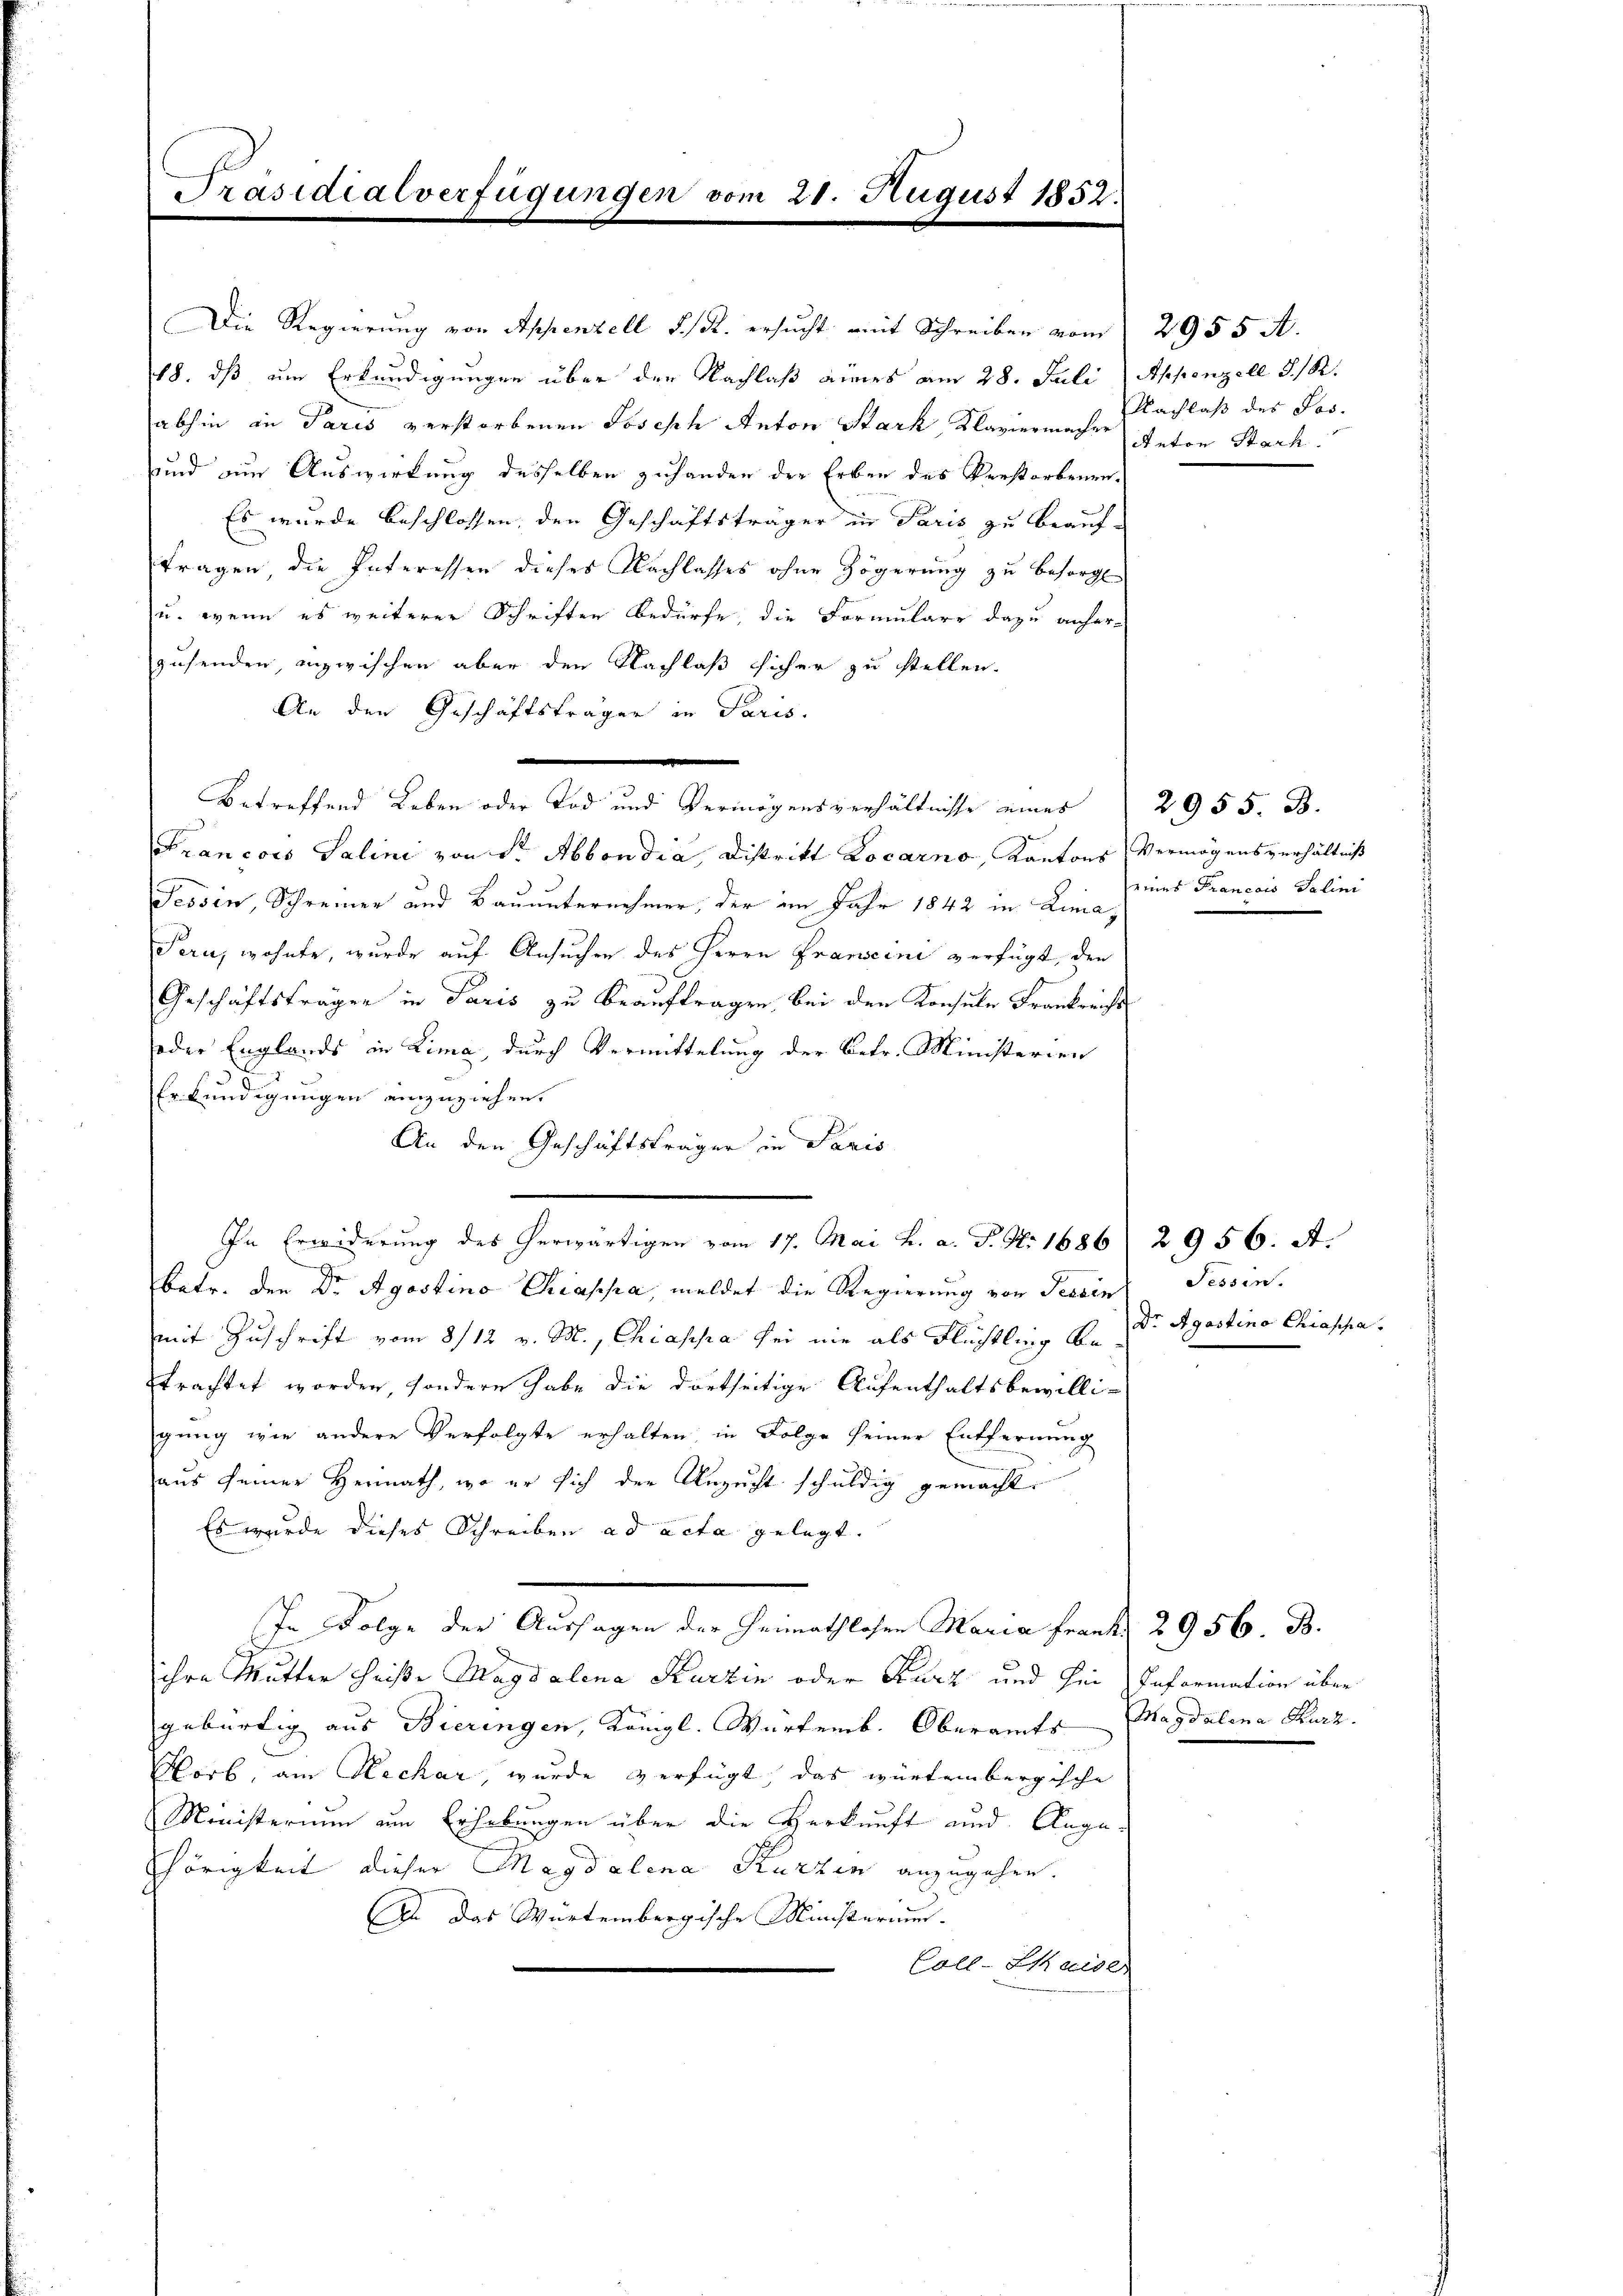
Präsidialverfügungen vom 21. August 1852.

18. dß um Erkundigungen über der Nachlaß eines am 28. Juli Appenzell S. 12.
abhin in Paris verstorbenen Joseph Anton Stark Klaviermacher Anton Sach
und die Auswirkung desselben zuhanden der Erben des Verstorbenen.
Es wurde beschlossen, den Geschäftsträger in Paris zu beauf-
tragen, die Interessen dieses Nachlasses ohne Zögerŭng zŭ besorgt
u. wenn es weiterer Schriften bedürfe, die Formulare dazu anher-
zusenden inzwischen aber den Nachlaß sicher zu stellen.
An den Geschäftsträgen in Paris.
e
e
betreffend Leben oder Tod und Vermögensverhältnisse eines 2955. B.
Francois Salini von Sr. Abbondia, Distritt Locarno, Kantons Vermögensverhältniß
Tessin, Schreiner und Bauunternehmer, der im Jahr 1842 in Lima,
Pern, wohnte, wurde auf Ansuchen des Herrn Franscini verfügt, den
Geschäftsträger in Paris zu beauftragen, bei den Konsule Frankreichts
oder Englands in Lima, durch Vermittelung der Betr. Ministerien
56
Erkundigungen einzuziehen.
An den Geschäftsträger in Paris
In Erwiderung des herwärtigen vom 17. Mai h. a. P. Nr. 1686 2956. A.
batr. den Dr Agostina Chiappa, meldet die Regierung von Tessin
mit Zuschrift vom 8/12 v. M., Chiapha sei nie als Flüchtling betrachtet worden, sondern habe die dortseitige Aufenthaltsbewilli-
gung wie andere Verfolgte erhalten, in Folge seiner Entfernung
aus seiner Hermath, wo er sich der Anzucht schuldig gemacht.
Es wurde dieses Schreiben ad acta gelegt.
In Folge der Aussagen der Heimathlosen Maria Frant. 2956. B.
ihre Mutter heiße Magdalena Kurzin oder Kurz und hin Information über
gebürtig aus Bieringen, Königl. Wartemb. Oberamts Magdalena Kurz.
Norb, am Rechar, wurde verfügt das würtembergische
Ministerium am Erhebungen über die Herkunft und Angahörigkeit dieser Magdalena Kurzen anzugehen.
2. Das Wartembergische Ministerium.
Call. Es wide

Die Regierung von Appenzell S. R. ersucht mit Schreiben vom 2955 A.

Nachlaß des Jos.

eines Francois Salini

Sessen.
Dr Agastina Chiassa.